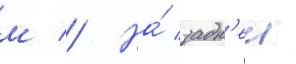
м // На́ задн'еи